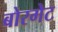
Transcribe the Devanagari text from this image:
बोरगेट